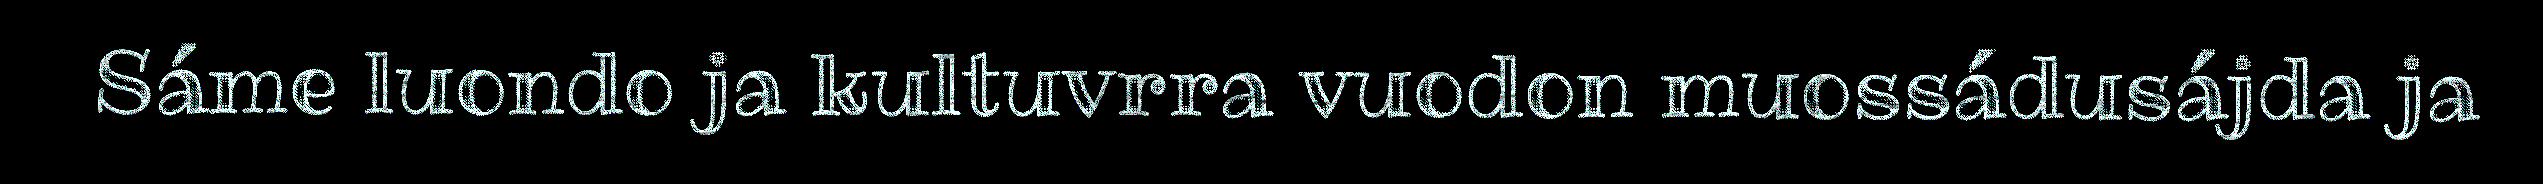
Sáme luondo ja kultuvrra vuodon muossádusájda ja